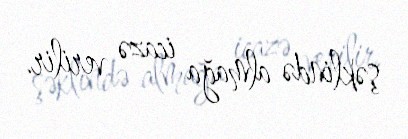
şəklində almağa icazə verilir.